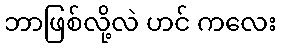
ဘာဖြစ်လို့လဲ ဟင် ကလေး